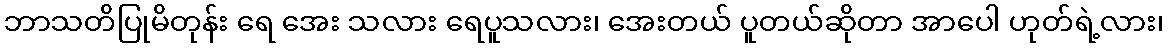
ဘာသတိပြုမိတုန်း ရေ အေး သလား ရေပူသလား၊ အေးတယ် ပူတယ်ဆိုတာ အာပေါ ဟုတ်ရဲ့လား၊